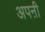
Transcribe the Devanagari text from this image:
अपऩी